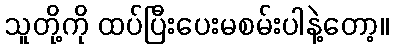
သူတို့ကို ထပ်ပြီးပေးမစမ်းပါနဲ့တော့။